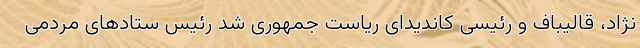
نژاد، قالیباف و رئیسی کاندیدای ریاست جمهوری شد رئیس ستادهای مردمی